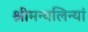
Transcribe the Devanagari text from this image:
श्रीमन्यलिन्यां